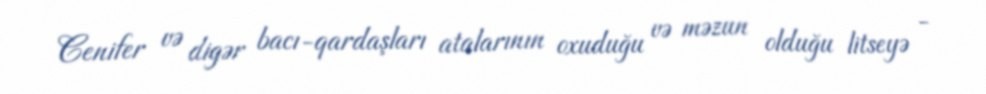
Cenifer və digər bacı-qardaşları atalarının oxuduğu və məzun olduğu litseyə -